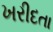
ખરીદતા